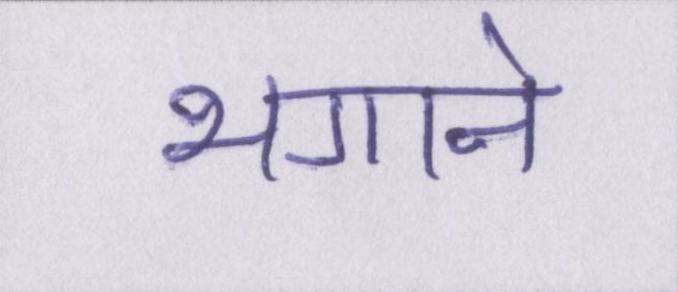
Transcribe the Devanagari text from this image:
भगाने